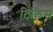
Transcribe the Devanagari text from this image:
टिलिस